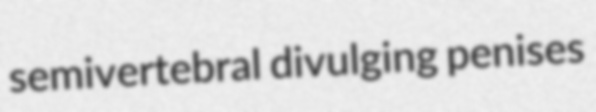
semivertebral divulging penises